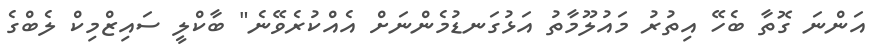
އަންނަ ގޮތާ ބެހޭ އިތުރު މައުލޫމާތު އަޅުގަނޑުމެންނަށް އެއްކުރެވޭނެ" ބާކްލީ ސައިޒްމިކް ލެބްގެ